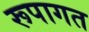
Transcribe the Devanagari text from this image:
रूपागत